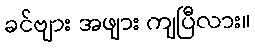
ခင်ဗျား အဖျား ကျပြီလား။